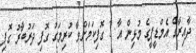
ދާއިރާގެ އެމްޑީޕީގެ މުޅިން އާ 3 ގޮފިކަމަށްވާ ކުރިމަގު ގޮފި ދަރުބާރު ގޮފި